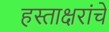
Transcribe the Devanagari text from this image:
हस्ताक्षरांचे